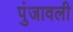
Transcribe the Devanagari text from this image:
पुंजावली